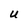
Character: u